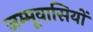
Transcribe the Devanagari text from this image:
जम्मूवासियों